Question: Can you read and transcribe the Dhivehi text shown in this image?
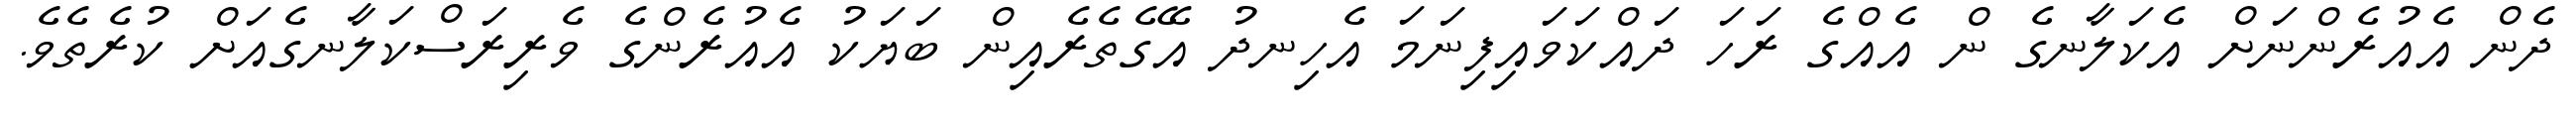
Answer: ދެން އެއުރެންނަށް އެކަލާނގެ ން އެއްގެ ރަހަ ދައްކަވައިފިނަމަ އެހިނދު އޭގެތެރެއިން ބަޔަކު އެއުރެންގެ ވެރިރަސްކަލާނގެއަށް ކުރެތެވެ.